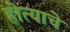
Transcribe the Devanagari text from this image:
होत्याचे